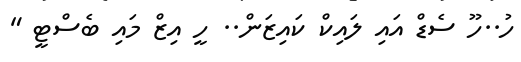
ހު..ހޫ ސެޑް އައި ލައިކް ކައިޒަން.. ހީ އިޒް މައި ބެސްޓީ "